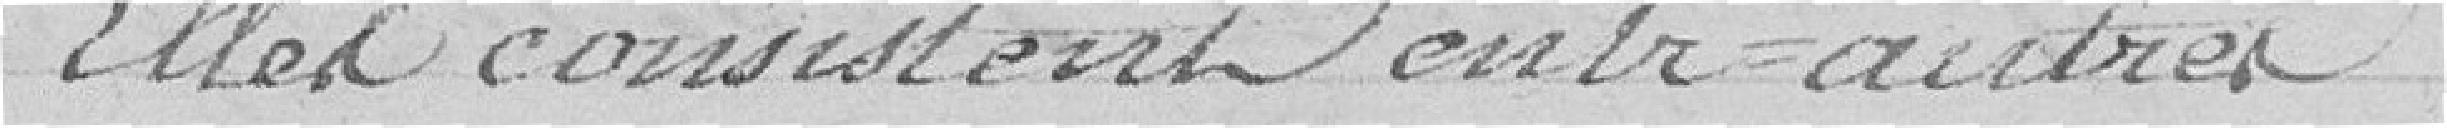
Elles consistent entre autres